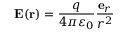
\mathbf { E } ( \mathbf { r } ) = { \frac { q } { 4 \pi \varepsilon _ { 0 } } } { \frac { \mathbf { e } _ { r } } { r ^ { 2 } } }